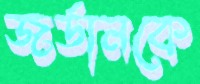
জর্ডানকে